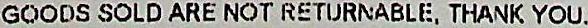
GOODS SOLD ARE NOT RETURNABLE, THANK YOU.